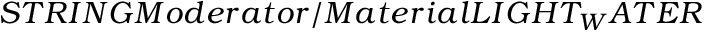
S T R I N G M o d e r a t o r / M a t e r i a l L I G H T _ { W } A T E R